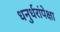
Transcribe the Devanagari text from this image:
धनुर्धरांपेक्षा